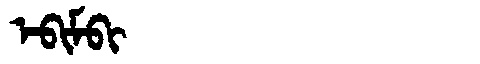
Manchu: ᡝᠪᡳᠮᠪᡳ
Romanization: EBIMBI